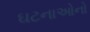
ઘટનાઓનો